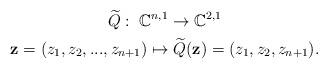
LaTeX: \begin{gather*} \widetilde{Q} : \; \mathbb{C}^{n,1} \rightarrow \mathbb{C}^{2,1} \\\mathbf{z}= (z_1,z_2,...,z_{n+1}) \mapsto \widetilde{Q}(\mathbf{z})=(z_1,z_2,z_{n+1}).\end{gather*}